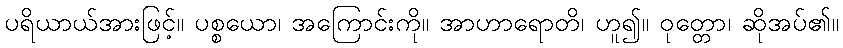
ပရိယာယ်အားဖြင့်။ ပစ္စယော၊ အကြောင်းကို။ အာဟာရောတိ၊ ဟူ၍။ ဝုတ္တော၊ ဆိုအပ်၏။